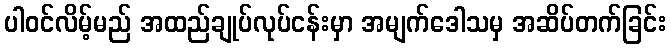
ပါဝင်လိမ့်မည် အထည်ချုပ်လုပ်ငန်းမှာ အမျက်ဒေါသမှ အဆိပ်တက်ခြင်း